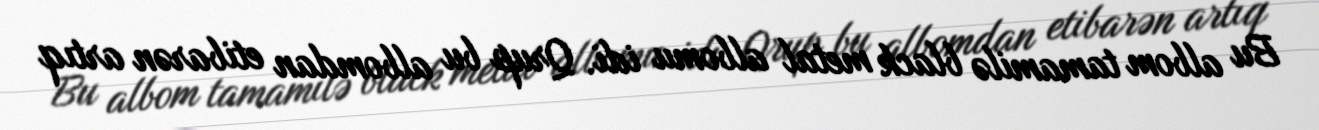
Bu albom tamamilə black metal albomu idi. Qrup bu albomdan etibarən artıq